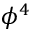
\phi ^ { 4 }